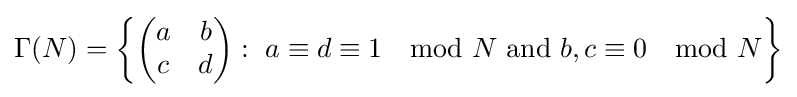
\Gamma (N)=\left\{{\begin{pmatrix}a&b\\c&d\\\end{pmatrix}}:\ a\equiv d\equiv 1\mod N{\text{ and }}b,c\equiv 0\mod N\right\}